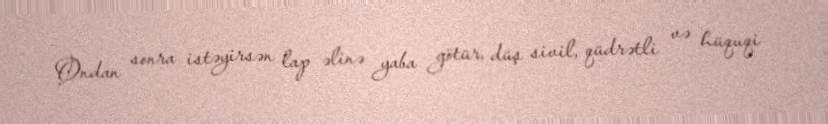
Ondan sonra istəyirsən lap əlinə yaba götür, düş sivil, qüdrətli və hüquqi